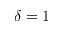
\delta = 1